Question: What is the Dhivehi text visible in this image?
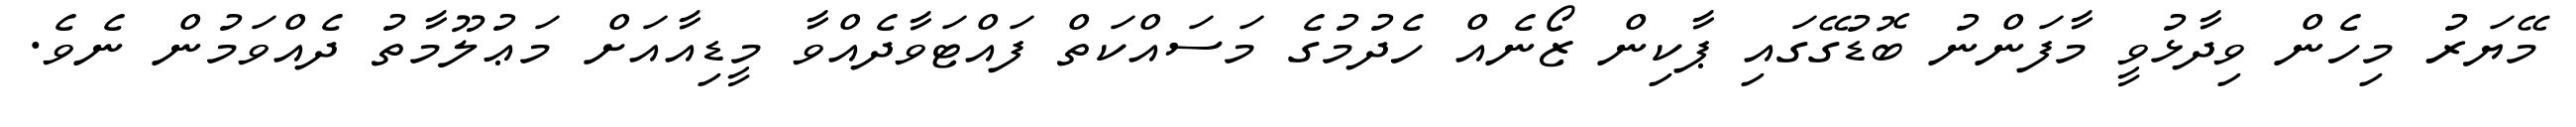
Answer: މޭޔަރު މިހެން ވިދާޅުވީ މާފަންނު ބޮޑުގޭގައި ޕާކިން ޒޯނެއް ހެދުމުގެ މަސައްކަތް ފައްޓަވާދެއްވާ މީޑިއާއަށް މަޢުލޫމާތު ދެއްވަމުން ނެވެ.